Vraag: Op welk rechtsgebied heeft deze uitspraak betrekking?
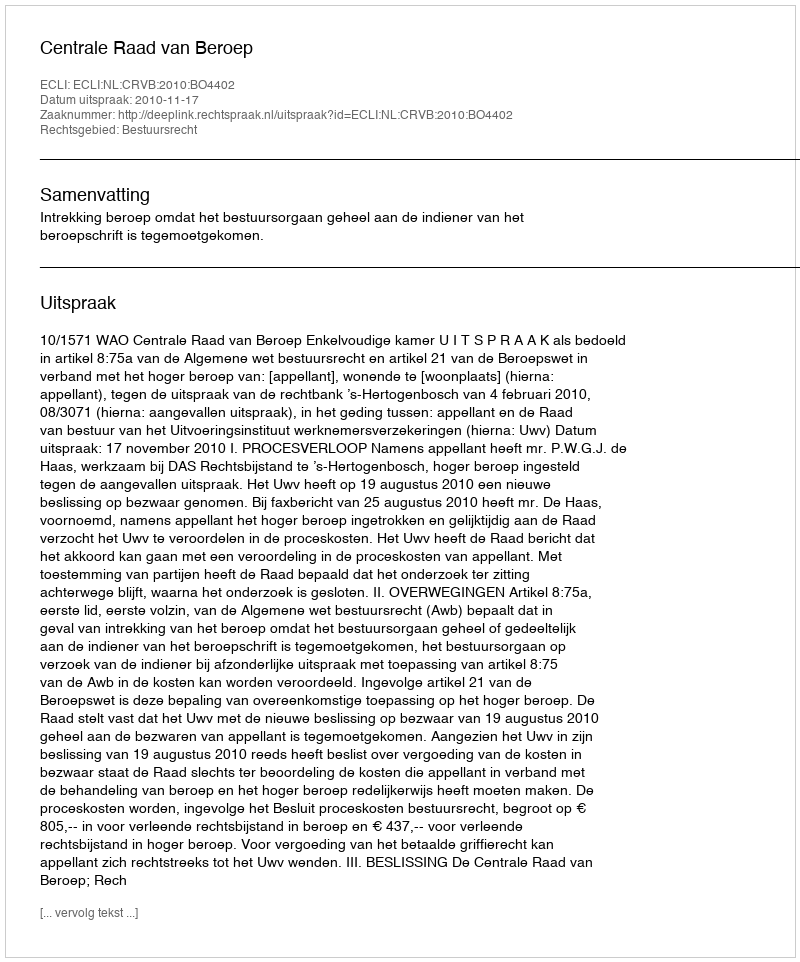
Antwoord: Bestuursrecht